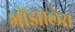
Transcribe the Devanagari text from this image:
गोंझालेस